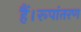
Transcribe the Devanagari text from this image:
हैं।रूपांतरण